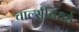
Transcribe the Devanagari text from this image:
चार्ल्सबियर्ड